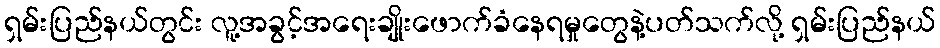
ရှမ်းပြည်နယ်တွင်း လူ့အခွင့်အရေးချိုးဖောက်ခံနေရမှုတွေနဲ့ပတ်သက်လို့ ရှမ်းပြည်နယ်